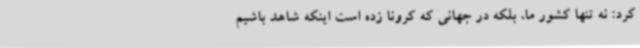
کرد: نه تنها کشور ما، بلکه در جهانی که کرونا زده است اینکه شاهد باشیم